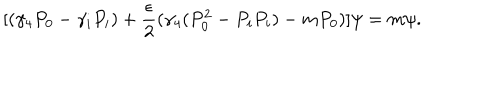
[ ( \gamma _ { 4 } P _ { 0 } - \gamma _ { i } P _ { i } ) + \frac { \epsilon } { 2 } ( \gamma _ { 4 } ( P _ { 0 } ^ { 2 } - P _ { i } P _ { i } ) - m P _ { 0 } ) ] \psi = m \psi .